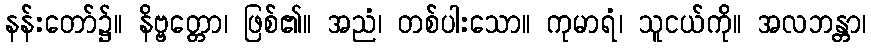
နန်းတော်၌။ နိဗ္ဗတ္တော၊ ဖြစ်၏။ အညံ၊ တစ်ပါးသော။ ကုမာရံ၊ သူငယ်ကို။ အလဘန္တာ၊